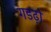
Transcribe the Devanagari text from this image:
गडढ़ो